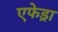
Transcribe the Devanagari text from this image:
एफेड्रा